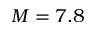
M = 7 . 8